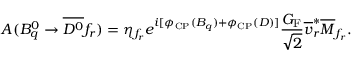
A ( B _ { q } ^ { 0 } \to \overline { { { D ^ { 0 } } } } f _ { r } ) = \eta _ { f _ { r } } e ^ { i [ \phi _ { \mathrm { C P } } ( B _ { q } ) + \phi _ { \mathrm { C P } } ( D ) ] } \frac { G _ { \mathrm { F } } } { \sqrt { 2 } } \overline { { { v } } } _ { r } ^ { \ast } \overline { { { M } } } _ { f _ { r } } .